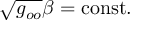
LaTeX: \sqrt { g _ { o o } } \beta = \mathrm { c o n s t } .